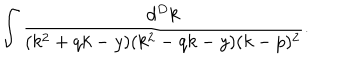
\int \frac { d ^ { D } k } { ( k ^ { 2 } + q k - y ) ( k ^ { 2 } - q k - y ) ( k - p ) ^ { 2 } } .